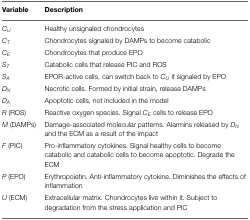
| Variable | Description |
 | --- | --- |
 | CU | Healthy unsignaled chondrocytes |
 | CT | Chondrocytes signaled by DAMPs to become catabolic |
 | CE | Chondrocytes that produce EPO |
 | ST | Catabolic cells that release PIC and ROS |
 | SA | EPOR-active cells, can switch back to CU if signaled by EPO |
 | DN | Necrotic cells. Formed by initial strain, release DAMPs |
 | DA | Apoptotic cells, not included in the model |
 | R (ROS) | Reactive oxygen species. Signal CE cells to release EPO |
 | M (DAMPs) | Damage-associated molecular patterns. Alarmins released by DN and the ECM as a result of the impact |
 | F (PIC) | Pro-inflammatory cytokines. Signal healthy cells to become catabolic and catabolic cells to become apoptotic. Degrade the ECM |
 | P (EPO) | Erythropoietin. Anti-inflammatory cytokine. Diminishes the effects of inflammation |
 | U (ECM) | Extracellular matrix. Chondrocytes live within it. Subject to degradation from the stress application and PIC |